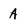
Character: A